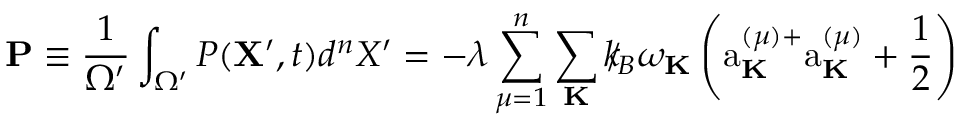
{ \bf P } \equiv \frac { 1 } { { \Omega } ^ { \prime } } \int _ { \Omega ^ { \prime } } P ( { \bf X ^ { \prime } } , t ) d ^ { n } X ^ { \prime } = - \lambda \sum _ { \mu = 1 } ^ { n } \sum _ { \bf K } { \slash \! \! \! k } _ { \! { B } } \omega _ { \bf K } \left( \mathrm { a } _ { \bf K } ^ { ( \mu ) + } \mathrm { a } _ { \bf K } ^ { ( \mu ) } + \frac { 1 } { 2 } \right)